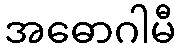
အဓောဂါမီ